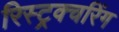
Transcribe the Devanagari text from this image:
रिस्ट्रक्चरिंग